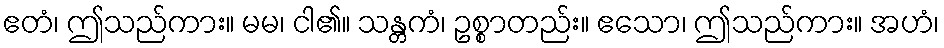
ဧတံ၊ ဤသည်ကား။ မမ၊ ငါ၏။ သန္တကံ၊ ဥစ္စာတည်း။ ဧသော၊ ဤသည်ကား။ အဟံ၊